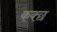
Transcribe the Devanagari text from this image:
कक्छ